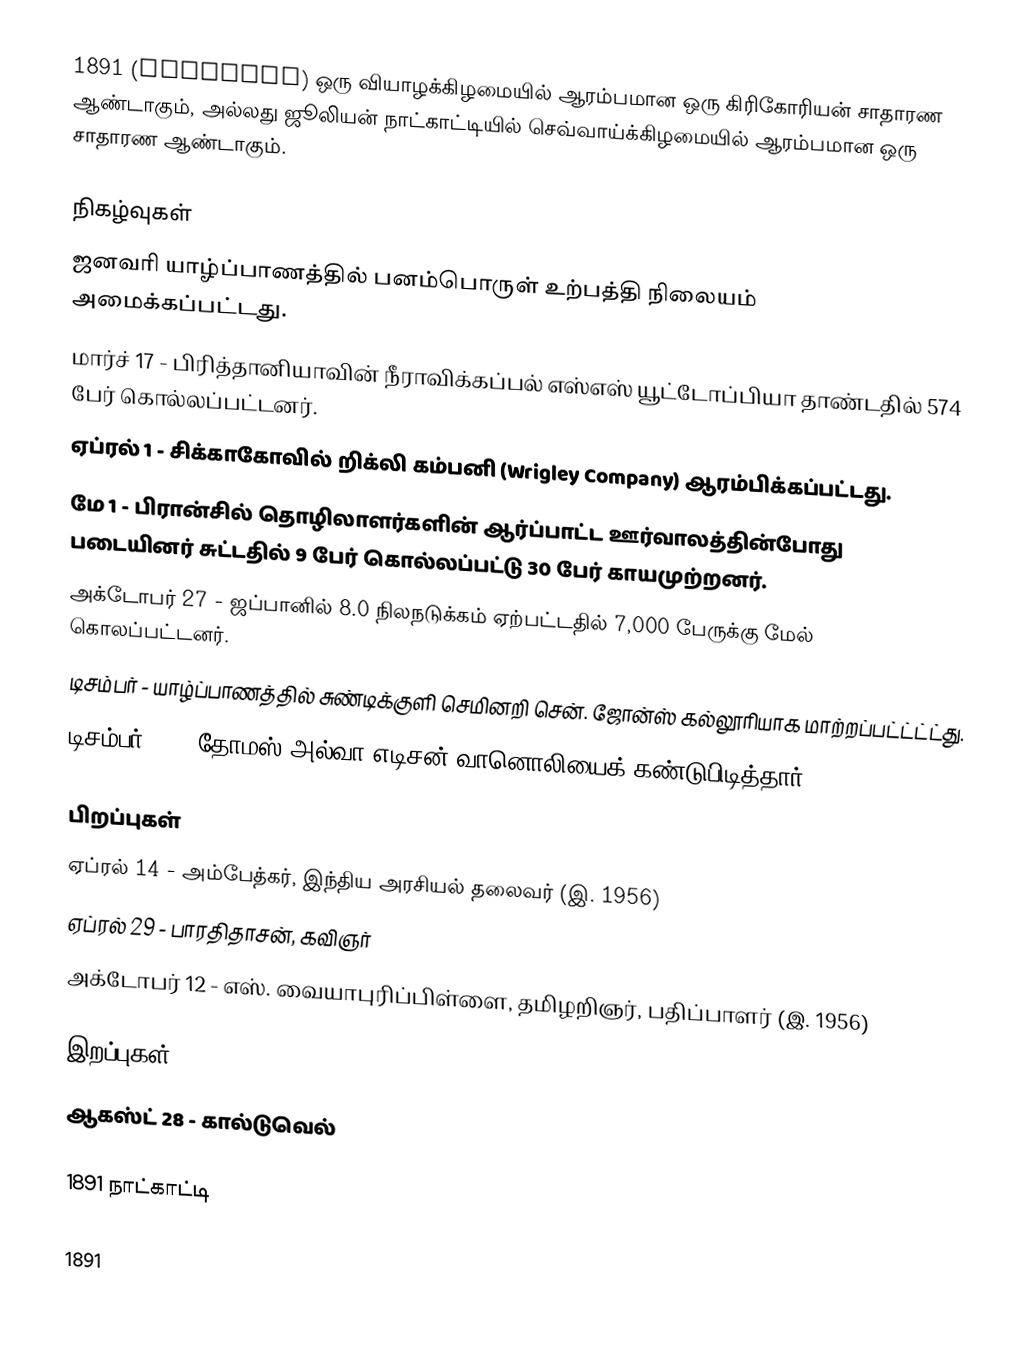
1891  (MDCCCXCI) ஒரு வியாழக்கிழமையில் ஆரம்பமான ஒரு கிரிகோரியன் சாதாரண ஆண்டாகும், அல்லது ஜூலியன் நாட்காட்டியில் செவ்வாய்க்கிழமையில் ஆரம்பமான ஒரு சாதாரண ஆண்டாகும்.

நிகழ்வுகள்
 ஜனவரி யாழ்ப்பாணத்தில் பனம்பொருள் உற்பத்தி நிலையம் அமைக்கப்பட்டது.
 மார்ச் 17 - பிரித்தானியாவின் நீராவிக்கப்பல் எஸ்எஸ் யூட்டோப்பியா தாண்டதில் 574 பேர் கொல்லப்பட்டனர்.
 ஏப்ரல் 1 - சிக்காகோவில் றிக்லி கம்பனி (Wrigley Company) ஆரம்பிக்கப்பட்டது.
 மே 1 - பிரான்சில் தொழிலாளர்களின் ஆர்ப்பாட்ட ஊர்வாலத்தின்போது படையினர் சுட்டதில் 9 பேர் கொல்லப்பட்டு 30 பேர் காயமுற்றனர்.
 அக்டோபர் 27 - ஜப்பானில் 8.0 நிலநடுக்கம் ஏற்பட்டதில் 7,000 பேருக்கு மேல் கொலப்பட்டனர்.
 டிசம்பர் - யாழ்ப்பாணத்தில் சுண்டிக்குளி செமினறி சென். ஜோன்ஸ் கல்லூரியாக மாற்றப்பட்ட்ட்ட்து.
 டிசம்பர் 29 - தோமஸ் அல்வா எடிசன் வானொலியைக் கண்டுபிடித்தார்.

பிறப்புகள்
 ஏப்ரல் 14 - அம்பேத்கர், இந்திய அரசியல் தலைவர் (இ. 1956)
 ஏப்ரல் 29 - பாரதிதாசன், கவிஞர்
 அக்டோபர் 12 - எஸ். வையாபுரிப்பிள்ளை, தமிழறிஞர், பதிப்பாளர் (இ. 1956)

இறப்புகள்
 ஆகஸ்ட் 28 - கால்டுவெல்

1891 நாட்காட்டி

1891